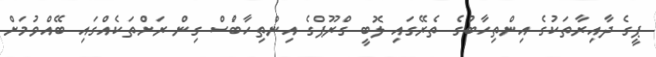
ޕީގެ ދާއިރާތަކުގެ އިންތިހާބުގެ ތެރޭގައި ލޮބީ ގްރޫޕްގެ އިންތިހާބުެސް ގިން ރަށްތަކެއްގައި ބޭއްވުމަށް